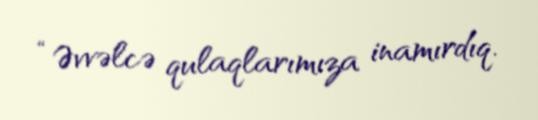
“Əvvəlcə qulaqlarımıza inamırdıq.